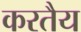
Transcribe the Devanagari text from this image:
करतैय